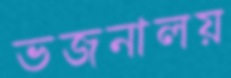
ভজনালয়